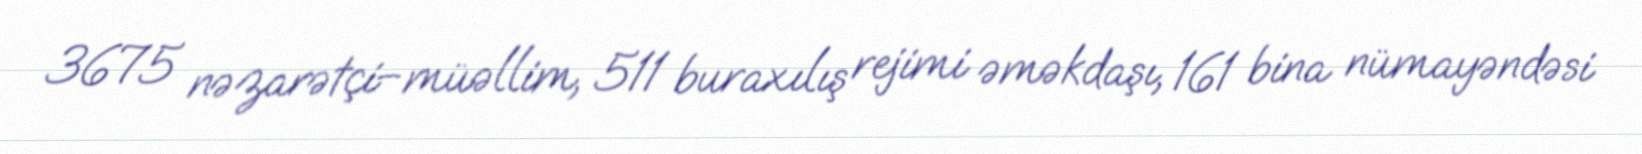
3675 nəzarətçi–müəllim, 511 buraxılış rejimi əməkdaşı, 161 bina nümayəndəsi